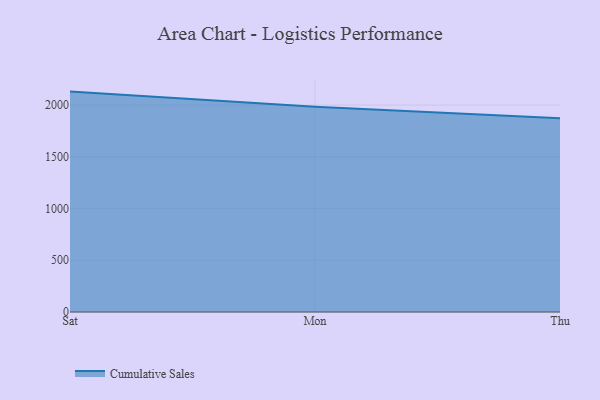
{"axis": {"x": "Day", "y": "Revenue (USD Million)"}, "legend": ["Cumulative Sales"], "data": [{"x": "Sat", "y": 2130.4, "type": "Cumulative Sales"}, {"x": "Mon", "y": 1983.0, "type": "Cumulative Sales"}, {"x": "Thu", "y": 1873.3, "type": "Cumulative Sales"}]}